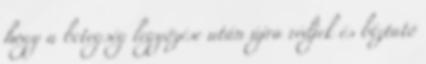
hogy a betegség legyőzése után újra védjek és bíztató